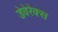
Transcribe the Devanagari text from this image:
डेवेरेक्स